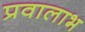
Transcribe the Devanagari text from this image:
प्रवालाभ